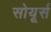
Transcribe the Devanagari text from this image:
सोयूर्स